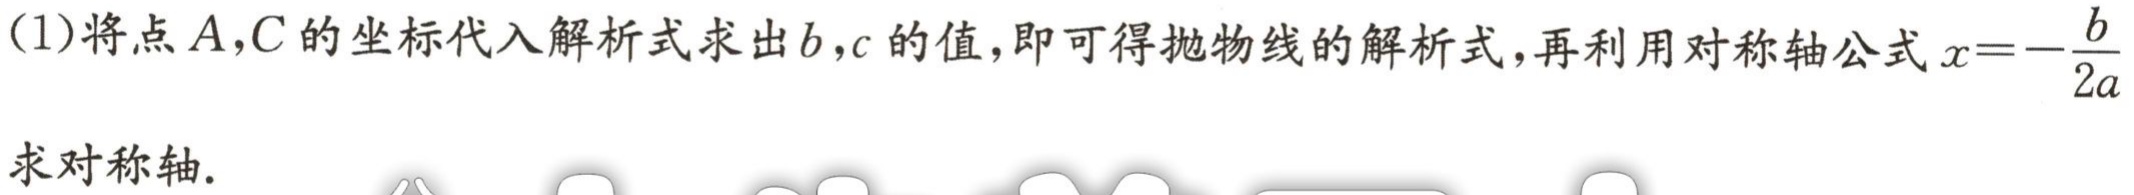
(1)将点\(A,C\)的坐标代入解析式求出\(b,c\)的值，即可得抛物线的解析式，再利用对称轴公式\(x = -\frac{b}{2a}\)求对称轴.